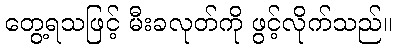
တွေ့ရသဖြင့် မီးခလုတ်ကို ဖွင့်လိုက်သည်။